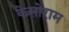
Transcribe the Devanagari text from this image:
केसोराम